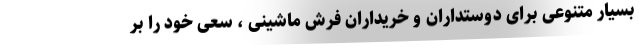
بسیار متنوعی برای دوستداران و خریداران فرش ماشینی ، سعی خود را بر